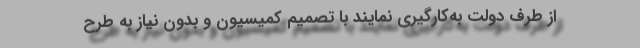
از طرف دولت به‌کارگیری نمایند با تصمیم کمیسیون و بدون نیاز به طرح